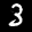
Label: 3